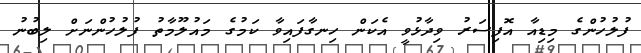
ފުލުހުންގެ މިޑިއާ އޮފިސަރު ވިދާޅުވީ އެކަން ހިނގާފައިވާ ކަމުގެ މައުލޫމާތު ފުލުހުންނަށް ލިބުނު